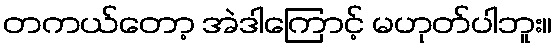
တကယ်တော့ အဲဒါကြောင့် မဟုတ်ပါဘူး။